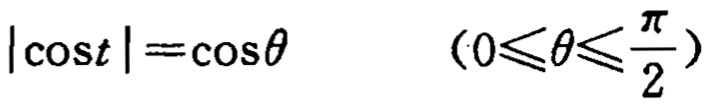
\(|\cos t|=\cos\theta\) \((0\leqslant\theta\leqslant\frac{\pi}{2})\)